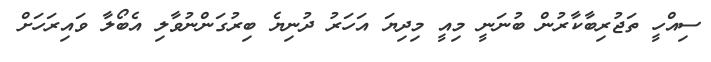
ސިއްހީ ތަޖުރިބާކާރުން ބުނަނީ މިއީ މިދިޔަ އަހަރު ދުނިޔެ ބިރުގަންނުވާލި އެބޯލާ ވައިރަހަށް